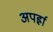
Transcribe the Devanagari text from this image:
अपर्ह्रा